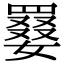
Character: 𡢑